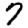
Digit: 7